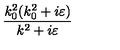
\frac { k _ { 0 } ^ { 2 } ( k _ { 0 } ^ { 2 } + i \varepsilon ) } { k ^ { 2 } + i \varepsilon }